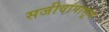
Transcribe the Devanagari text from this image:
सजीवांपासून